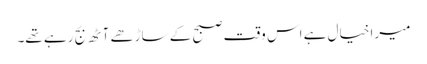
میرا خیال ہے اس وقت صبح کے ساڑھے آٹھ بج رہے تھے۔